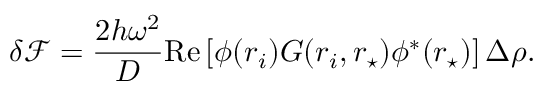
\delta \mathcal { F } = \frac { 2 h \omega ^ { 2 } } { D } \mathrm { R e } \left[ \phi ( \boldsymbol { r } _ { i } ) G ( \boldsymbol { r } _ { i } , \boldsymbol { r } _ { \star } ) \phi ^ { * } ( \boldsymbol { r } _ { \star } ) \right] \Delta \rho .